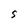
Character: S